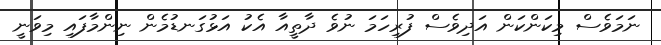
ނަމަވެސް މިކަންކަން އަދިވެސް ފުރިހަމަ ނުވެ ދާތީއާ އެކު އަޅުގަނޑުމެން ނިންމާފައި މިވަނީ